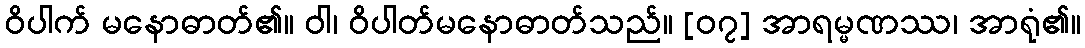
ဝိပါက် မနောဓာတ်၏။ ဝါ၊ ဝိပါတ်မနောဓာတ်သည်။ [၀၇] အာရမ္မဏဿ၊ အာရုံ၏။